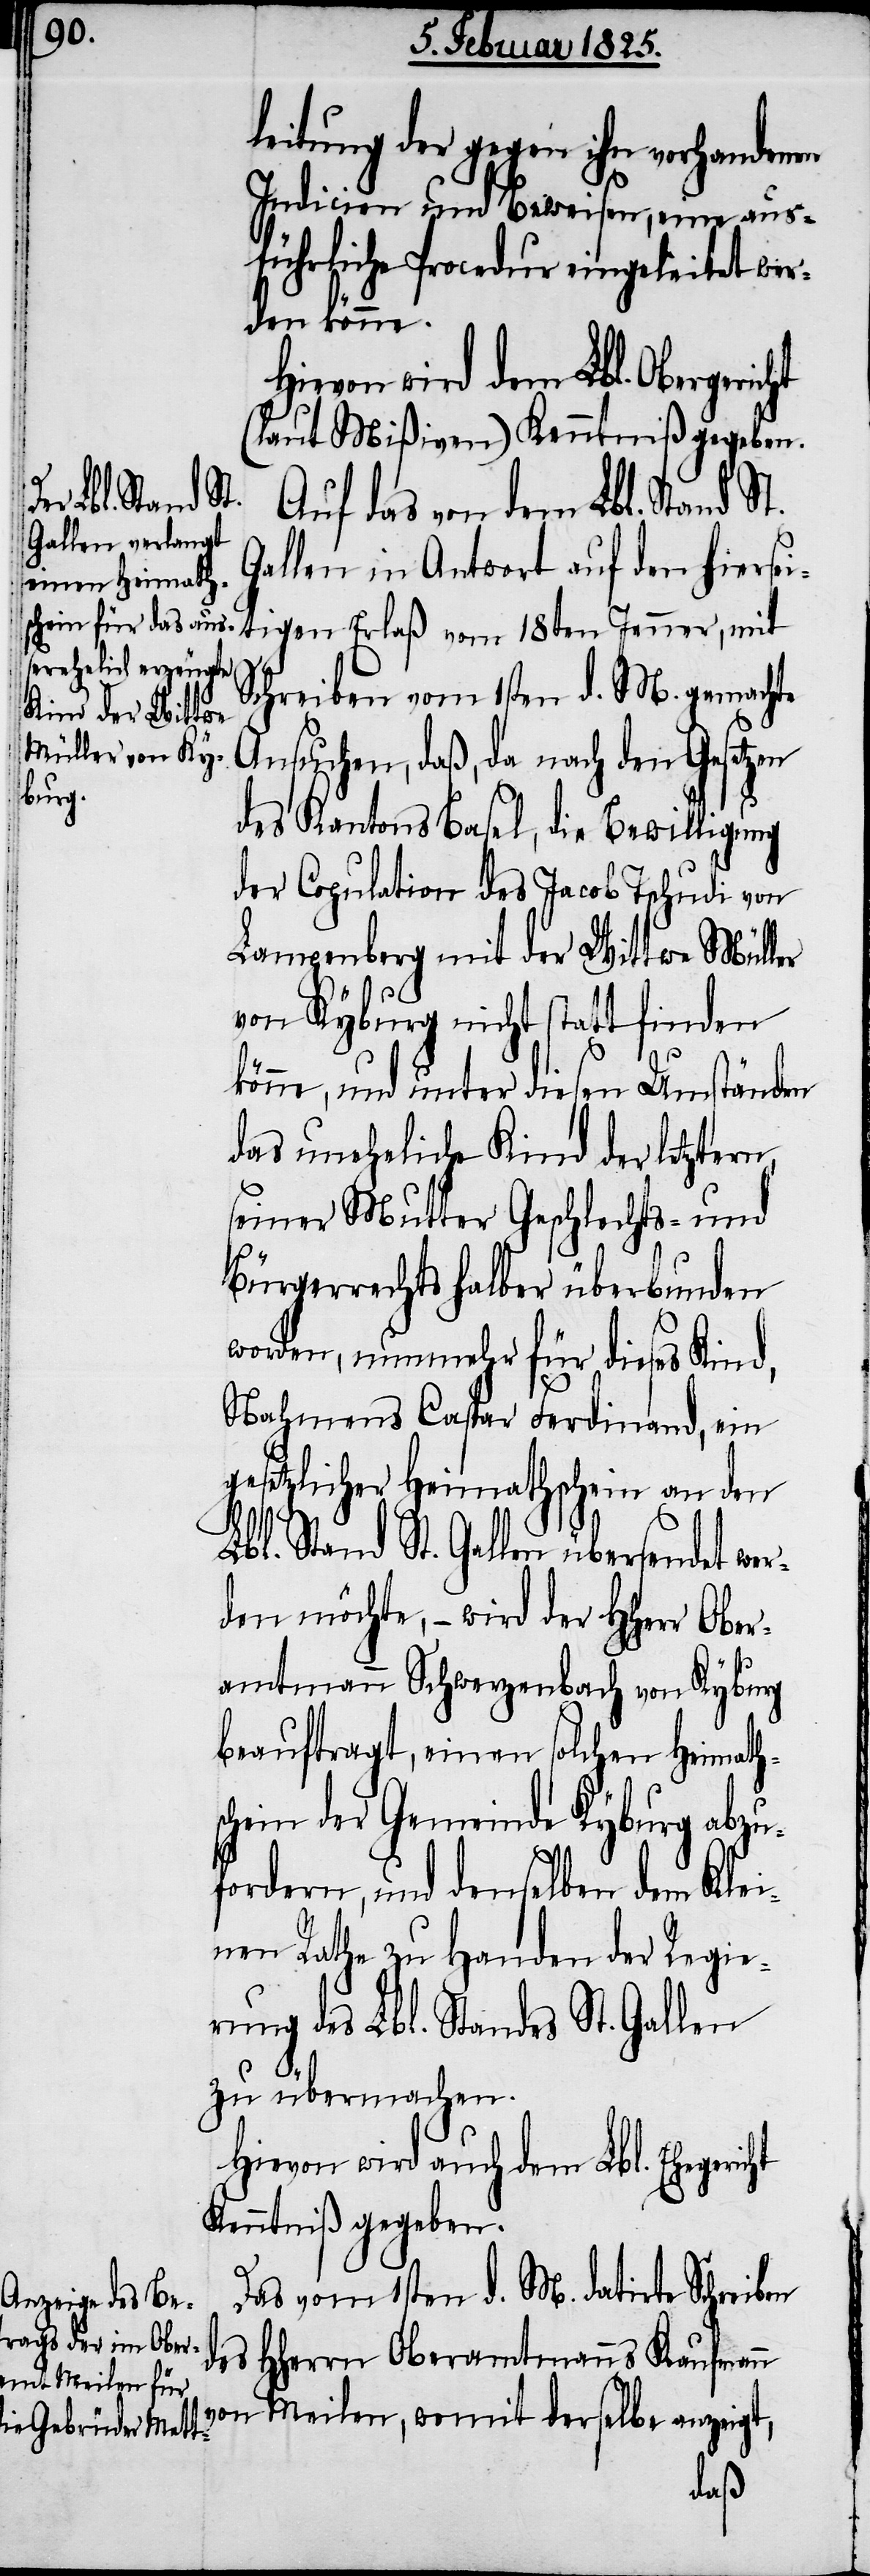
leitung der gegen ihn vorhandenen
Indicien und Beweisen, eine aus¬
führliche Procedur eingeleitet wer¬
den könne.
Hievon wird dem Lbl. Obergericht
(laut Mißiven) Kenntniß gegeben.
Auf das von dem Lbl. Stand St.
Gallen in Antwort auf den hiersei¬
tigen Erlaß vom 18ten Jenner, mit
Schreiben vom 1sten d. M. gemachte
Ansuchen, daß, da nach den Gesetzen
des Kantons Basel, die Bewilligung
der Copulation des Jacob Tschudi von
Lampenberg mit der Wittwe Müller
von Kyburg nicht statt finden
könne, und unter diesen Umständen
das uneheliche Kind der letztern,
seiner Mutter Geschlechts- und
Bürgerrechts halber überbunden
worden, nunmehr für dieses Kind,
Nahmens Caspar Ferdinand, ein
gesetzlicher Heimathschein an den
Lbl. Stand St. Gallen übersendet wer¬
den möchte, − wird der HHerr Ober¬
amtmann Schwerzenbach von Kyburg
beauftragt, einen solchen Heimaths¬
chein der Gemeinde Kyburg abzu¬
fordern, und denselben dem Klei¬
nen Rathe zu Handen der Regie¬
rung des Lbl. Standes St. Gallen
zu übermachen.
Hievon wird auch dem Lbl. Ehegericht
Kenntniß gegeben.
Das vom 1sten d. M. datirte Schreiben
des HHerrn Oberamtmanns Kaufmann
von Meilen, womit derselbe anzeigt,